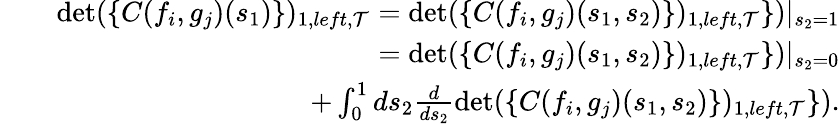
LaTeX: \begin{array}{rlr}&{}&{\operatorname*{det}(\{ C(f_{i},g_{j})(s_{1})\} )_{1,left,{\cal T}}=\operatorname*{det}(\{ C(f_{i},g_{j})(s_{1},s_{2})\} )_{1,left,{\cal T}}\} )|_{s_{2}=1}}\\ &{}&{=\operatorname*{det}(\{ C(f_{i},g_{j})(s_{1},s_{2})\} )_{1,left,{\cal T}}\} )|_{s_{2}=0}}\\ &{}&{\quad\quad\quad+\int_{0}^{1}ds_{2}\frac{d}{ds_{2}}\operatorname*{det}(\{ C(f_{i},g_{j})(s_{1},s_{2})\} )_{1,left,{\cal T}}\} ).}\end{array}